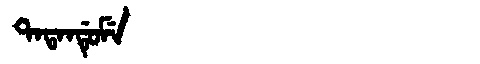
Manchu: ᡨᠠᡨᠠᠨᡩᡠᠮᡝ
Romanization: TATANDUME